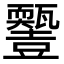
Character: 𤮵